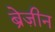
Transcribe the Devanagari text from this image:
ब्रेज़ीन